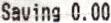
SAVING 0.00